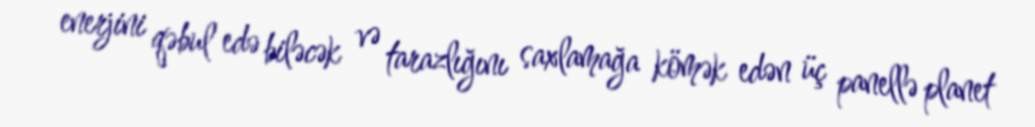
enerjini qəbul edə biləcək və tarazlığını saxlamağa kömək edən üç panellə planet